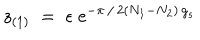
z _ { ( 1 ) } \; = \; \epsilon \; \mathrm { e } ^ { - \pi \, / \, 2 ( N _ { 1 } - N _ { 2 } ) \, g _ { s } }